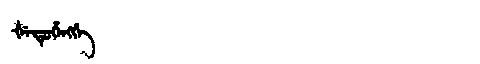
Manchu: ᡧᡝᡨᡠᡥᡝᠩᡤᡝ
Romanization: ŠETUHENGGE